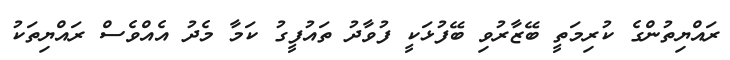
ރައްޔިތުންގެ ކުރިމަތީ ބޭޒާރުވި ބޭފުޅަކީ ފުވާދު ތައުފީގު ކަމާ މެދު އެއްވެސް ރައްޔިތަކު